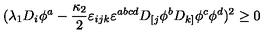
( \lambda _ { 1 } D _ { i } \phi ^ { a } - \frac { \kappa _ { 2 } } { 2 } \varepsilon _ { i j k } \varepsilon ^ { a b c d } D _ { [ j } \phi ^ { b } D _ { k ] } \phi ^ { c } \phi ^ { d } ) ^ { 2 } \ge 0